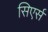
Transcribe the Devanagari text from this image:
सिएर्स